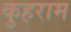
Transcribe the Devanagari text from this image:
कुहराम